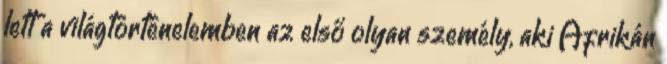
lett a világtörténelemben az első olyan személy, aki Afrikán